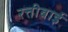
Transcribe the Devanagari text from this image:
रत्तीबाई